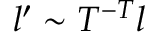
l ^ { \prime } \sim T ^ { - T } l